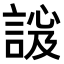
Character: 𧩇